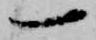
一